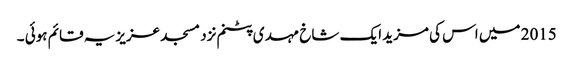
2015 میں اس کی مزید ایک شاخ مہدی پٹنم نزد مسجد عزیزیہ قائم ہوئی ۔